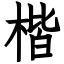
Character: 楷